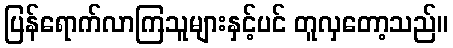
ပြန်ရောက်လာကြသူများနှင့်ပင် တူလှတော့သည်။